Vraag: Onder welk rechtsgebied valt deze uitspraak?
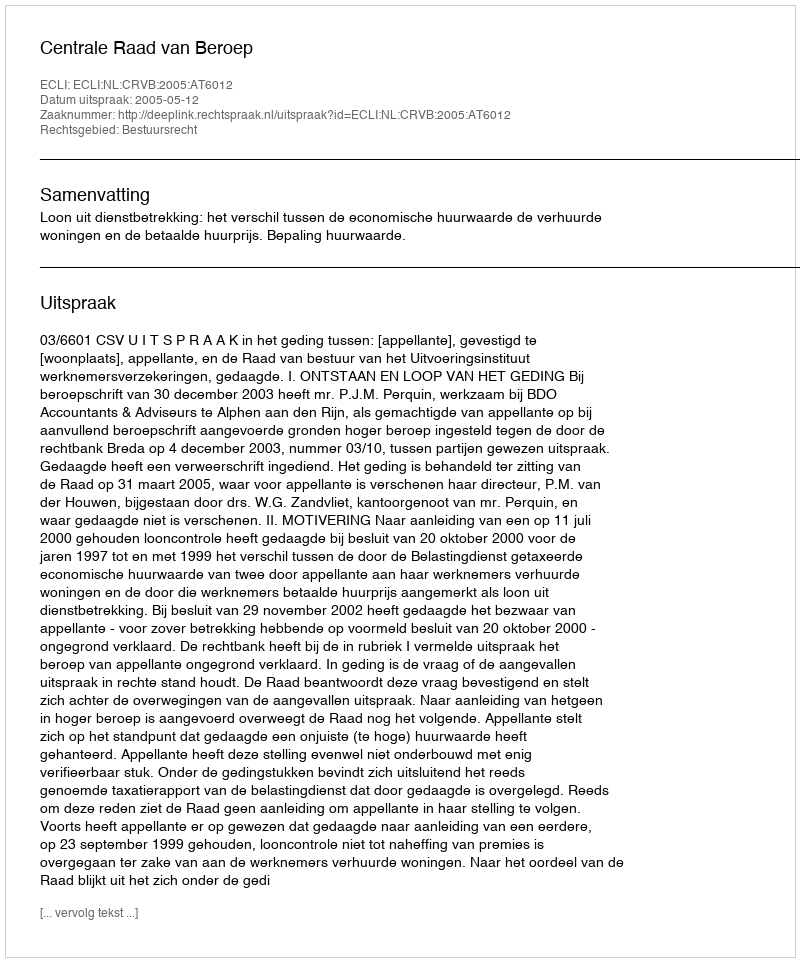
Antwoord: Bestuursrecht